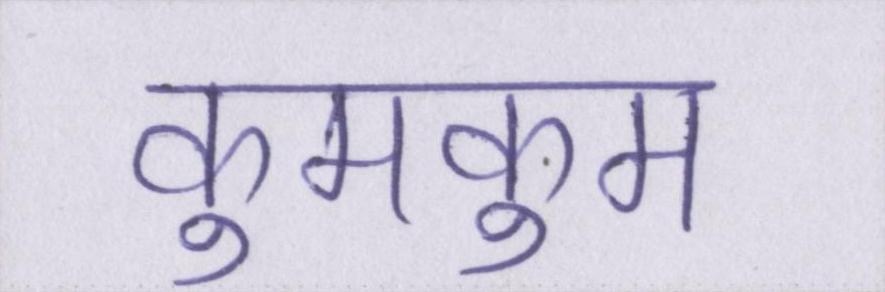
कुमकुम